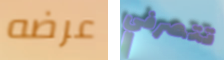
عرضه تتصرفي